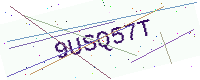
Text: 9USQ57T